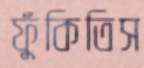
ফুঁকিতিস